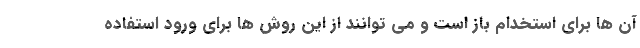
آن ها برای استخدام باز است و می توانند از این روش ها برای ورود استفاده